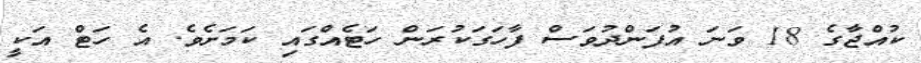
ކުއްޖާގެ 18 ވަނަ އުފަންދުވަސް ފާހަގަކުރަން ހަޓެއްގައި ކަމަށެވެ. އެ ހަޓް އަކީ